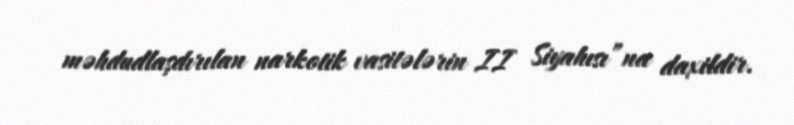
məhdudlaşdırılan narkotik vasitələrin II Siyahısı”na daxildir.